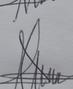
Signature authenticity: genuine